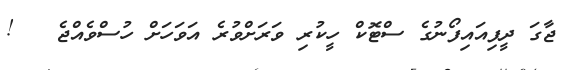
ޖާގަ ދީފިއައިފޯނުގެ ސްޓޮކް ހީކުރި ވަރަށްވުރެ އަވަހަށް ހުސްވެއްޖެ   !